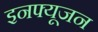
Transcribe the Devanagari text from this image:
इनफ्यूजन